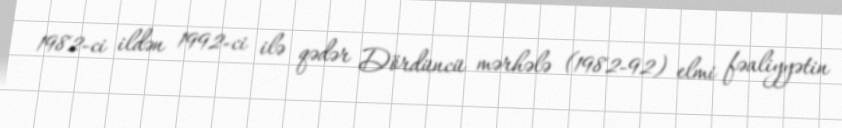
1982-ci ildən 1992-ci ilə qədər Dördüncü mərhələ (1982-92) elmi fəaliyyətin